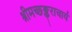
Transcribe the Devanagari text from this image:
श्रीमच्छङ्कराचार्य